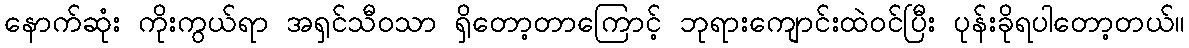
နောက်ဆုံး ကိုးကွယ်ရာ အရှင်သီဝသာ ရှိတော့တာကြောင့် ဘုရားကျောင်းထဲဝင်ပြီး ပုန်းခိုရပါတော့တယ်။